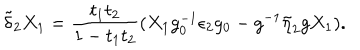
\tilde { \delta } _ { 2 } X _ { 1 } = { \frac { t _ { 1 } t _ { 2 } } { 1 - t _ { 1 } t _ { 2 } } } ( X _ { 1 } g _ { 0 } ^ { - 1 } \epsilon _ { 2 } g _ { 0 } - g ^ { - 1 } \tilde { \eta } _ { 2 } g X _ { 1 } ) .